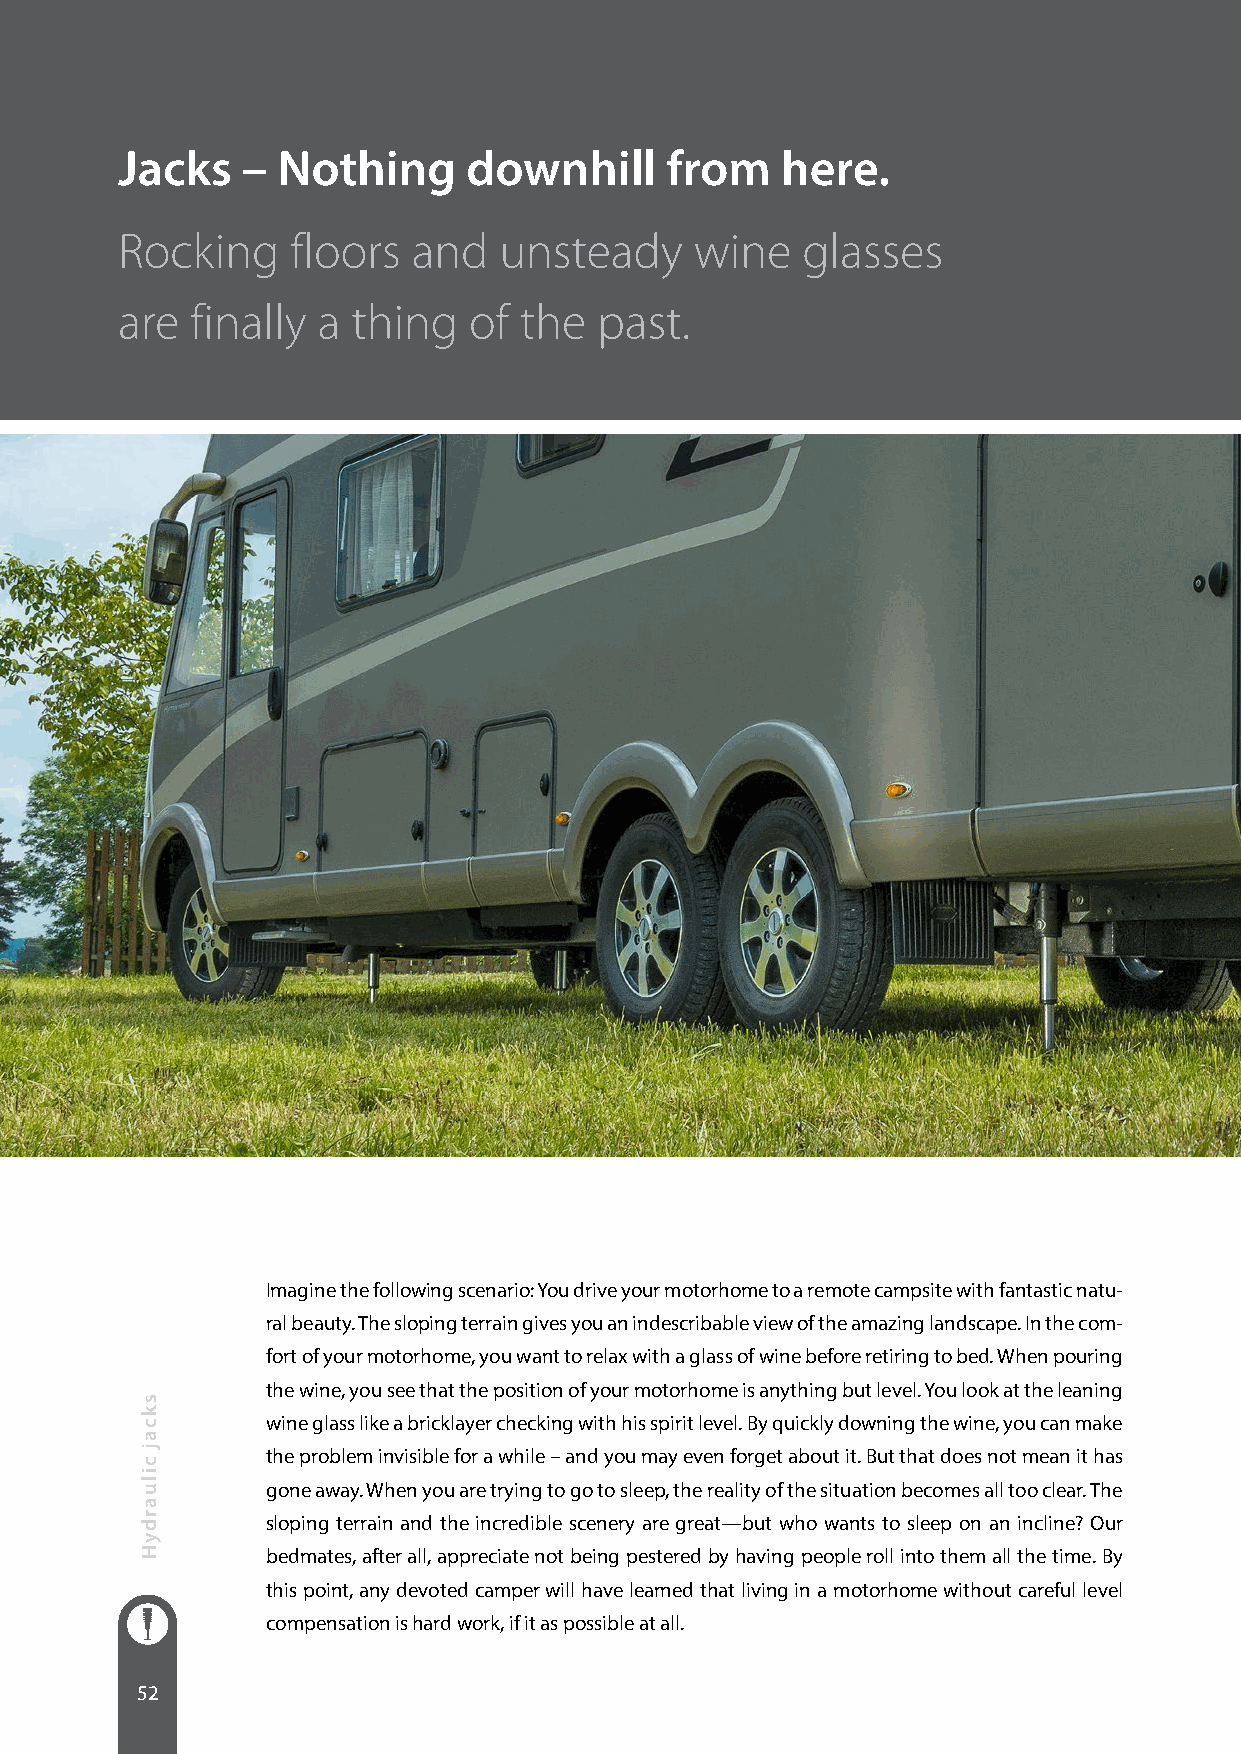
Jacks   – Nothing      downhill     from    here.
 Rocking    floors  and   unsteady     wine   glasses
 are  finally a thing   of the   past.
 Imagine the following scenario: You drive your motorhome to a remote campsite with fantastic natu-
 ral beauty. The sloping terrain gives you an indescribable view of the amazing landscape. In the com-
 fort of your motorhome, you want to relax with a glass of wine before retiring to bed. When pouring
 the wine, you see that the position of your motorhome is anything but level. You look at the leaning
 wine glass like a bricklayer checking with his spirit level. By quickly downing the wine, you can make
 the problem invisible for a while – and you may even forget about it. But that does not mean it has
 gone away. When you are trying to go to sleep, the reality of the situation becomes all too clear. The
 sloping terrain and the incredible scenery are great—but who wants to sleep on an incline? Our
 bedmates, after all, appreciate not being pestered by having people roll into them all the time. By
 this point, any devoted camper will have learned that living in a motorhome without careful level
 compensation is hard work, if it as possible at all.
 52
 skcaj
 ciluardyH